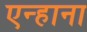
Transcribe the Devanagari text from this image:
एन्हाना